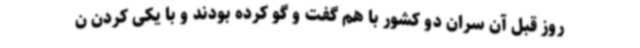
روز قبل آن سران دو کشور با هم گفت و گو کرده بودند و با یکی کردن ن